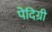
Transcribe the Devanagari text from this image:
पेदिग्री